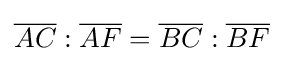
{\overline {AC}}:{\overline {AF}}={\overline {BC}}:{\overline {BF}}